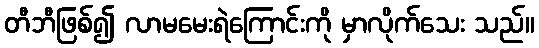
တီဘီဖြစ်၍ လာမမေးရဲကြောင်းကို မှာလိုက်သေး သည်။